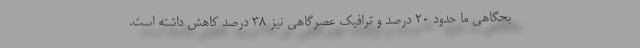
بحگاهی ما حدود ۲۰ درصد و ترافیک عصرگاهی نیز ۳۸ درصد کاهش داشته است.